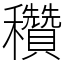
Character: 穳